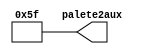
module Teste(output reg [10:0] palete2aux=95);




endmodule